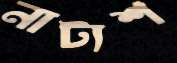
নাট্যশ